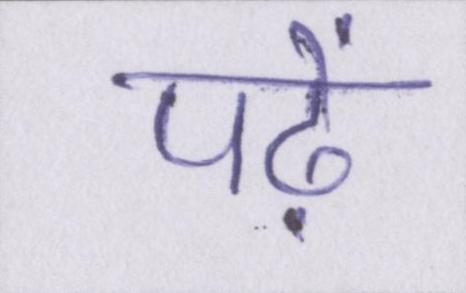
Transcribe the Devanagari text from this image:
पढ़ें